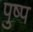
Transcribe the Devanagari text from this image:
पुष्प